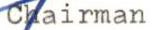
Chairman